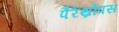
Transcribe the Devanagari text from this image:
पैरेंथ्रोपस